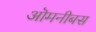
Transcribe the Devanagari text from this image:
ऒमनीबस